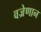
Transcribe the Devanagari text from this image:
वज्रेणान